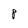
Character: 8